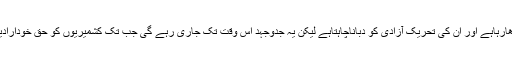
انھوں نے کہاکہ بھارت جمہوریت کے لبادے میں چھپ کر کشمیریوں پر مظالم ڈھارہاہے اور ان کی تحریک آزادی کو دباناچاہتاہے لیکن یہ جدوجہد اس وقت تک جاری رہے گی جب تک کشمیریوں کو حق خودارادیت نہیں مل جاتا اور جب تک کشمیرسے بھارت کاغاصبانہ قبضہ ختم نہیں ہوجاتا۔